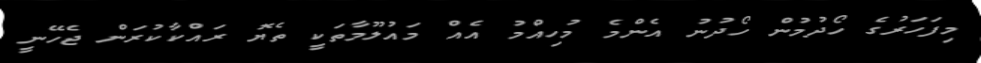
މިފަހަރުގެ ހޯދުމުން ހޯދުނު އެންމެ މުހިއްމު އެއް މައުލޫމާތަކީ ތެޔޮ ރައްކާކުރަން ޖެހޭނީ